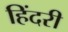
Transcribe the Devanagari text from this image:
हिंदरी